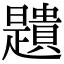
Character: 𧸯